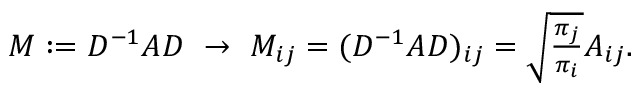
\begin{array} { r } { M : = D ^ { - 1 } A D \ \rightarrow \ M _ { i j } = ( D ^ { - 1 } A D ) _ { i j } = \sqrt { \frac { \pi _ { j } } { \pi _ { i } } } A _ { i j } . } \end{array}